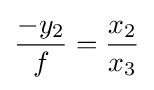
{\frac {-y_{2}}{f}}={\frac {x_{2}}{x_{3}}}